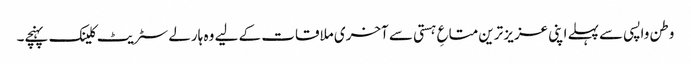
وطن واپسی سے پہلے اپنی عزیز ترین متاعِ ہستی سے آخری ملاقات کے لیے وہ ہارلے سٹریٹ کلینک پہنچے۔